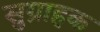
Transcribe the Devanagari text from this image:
सुग्राहक